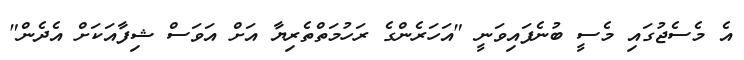
އެ މެސެޖުގައި މެސީ ބުނެފައިވަނީ "އަހަރެންގެ ރަހުމަތްތެރިޔާ އަށް އަވަސް ޝިފާއަކަށް އެދެން"